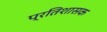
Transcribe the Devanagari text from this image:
प्रतिशासक